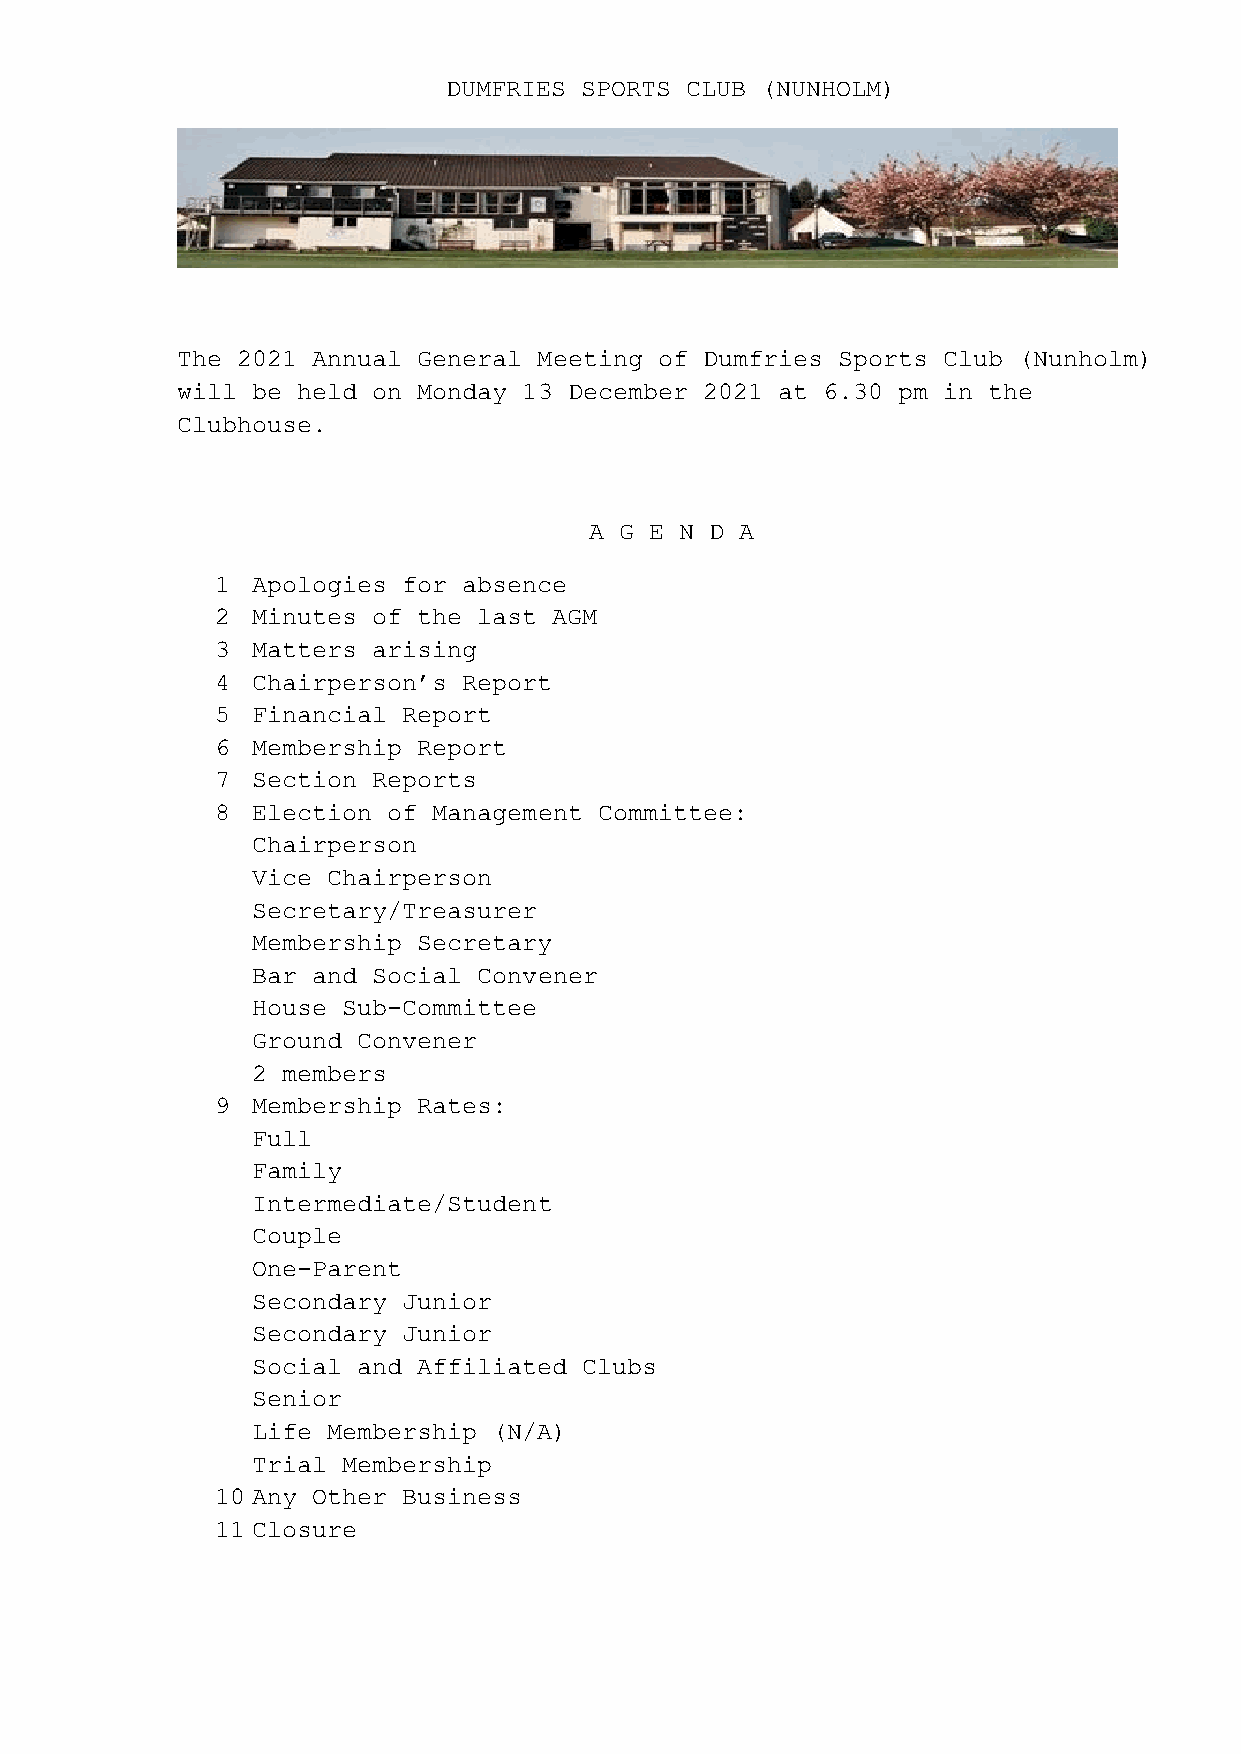
DUMFRIES SPORTS CLUB (NUNHOLM)
 The 2021 Annual General Meeting of Dumfries Sports Club (Nunholm)
 will be held on Monday 13 December 2021 at 6.30 pm in the
 Clubhouse.
 A G E N D A
 1  Apologies for absence
 2  Minutes of the last AGM
 3  Matters arising
 4  Chairperson’s Report
 5  Financial Report
 6  Membership Report
 7  Section Reports
 8  Election of Management Committee:
 Chairperson
 Vice Chairperson
 Secretary/Treasurer
 Membership Secretary
 Bar and Social Convener
 House Sub-Committee
 Ground Convener
 2 members
 9  Membership Rates:
 Full
 Family
 Intermediate/Student
 Couple
 One-Parent
 Secondary Junior
 Secondary Junior
 Social and Affiliated Clubs
 Senior
 Life Membership (N/A)
 Trial Membership
 10 Any Other Business
 11 Closure